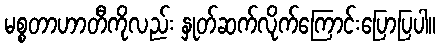
မစ္စတာဟာတီကိုလည်း နှုတ်ဆက်လိုက်ကြောင်းပြောပြပါ။